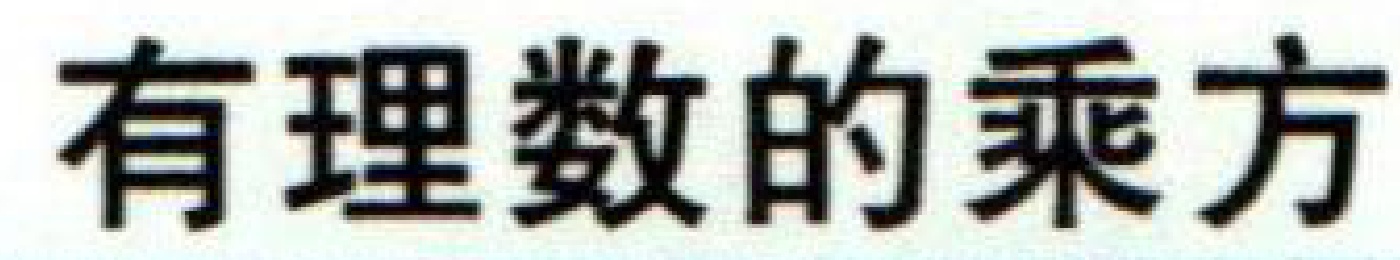
有理数的乘方